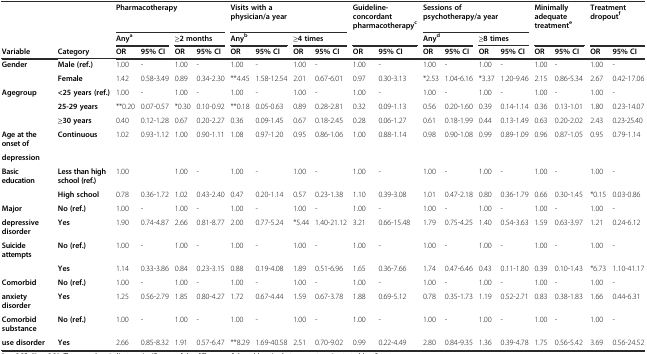
<table><thead><tr><td></td><td></td><td colspan="4"><b>Pharmacotherapy</b></td><td colspan="4"><b>Visits with a physician/a year</b></td><td colspan="2"><b>Guideline-concordant pharmacotherapy<sup>c</sup></b></td><td colspan="4"><b>Sessions of psychotherapy/a year</b></td><td colspan="2"><b>Minimally adequate treatment<sup>e</sup></b></td><td colspan="2"><b>Treatment dropout<sup>f</sup></b></td></tr><tr><td></td><td></td><td colspan="2"><b>Any<sup>a</sup></b></td><td colspan="2"><b>≥2 months</b></td><td colspan="2"><b>Any<sup>b</sup></b></td><td colspan="2"><b>≥4 times</b></td><td colspan="2"></td><td colspan="2"><b>Any<sup>d</sup></b></td><td colspan="2"><b>≥8 times</b></td><td colspan="2"></td><td colspan="2"></td></tr><tr><td><b>Variable</b></td><td><b>Category</b></td><td><b>OR</b></td><td><b>95% CI</b></td><td><b>OR</b></td><td><b>95% CI</b></td><td><b>OR</b></td><td><b>95% CI</b></td><td><b>OR</b></td><td><b>95% CI</b></td><td><b>OR</b></td><td><b>95% CI</b></td><td><b>OR</b></td><td><b>95% CI</b></td><td><b>OR</b></td><td><b>95% CI</b></td><td><b>OR</b></td><td><b>95% CI</b></td><td><b>OR</b></td><td><b>95% CI</b></td></tr></thead><tbody><tr><td><b>Gender</b></td><td><b>Male (ref.)</b></td><td>1.00</td><td>-</td><td>1.00</td><td>-</td><td>1.00</td><td>-</td><td>1.00</td><td>-</td><td>1.00</td><td>-</td><td>1.00</td><td>-</td><td>1.00</td><td>-</td><td>1.00</td><td>-</td><td>1.00</td><td>-</td></tr><tr><td></td><td><b>Female</b></td><td>1.42</td><td>0.58-3.49</td><td>0.89</td><td>0.34-2.30</td><td>**4.45</td><td>1.58-12.54</td><td>2.01</td><td>0.67-6.01</td><td>0.97</td><td>0.30-3.13</td><td>*2.53</td><td>1.04-6.16</td><td>*3.37</td><td>1.20-9.46</td><td>2.15</td><td>0.86-5.34</td><td>2.67</td><td>0.42-17.06</td></tr><tr><td><b>Agegroup</b></td><td><b>&lt;25 years (ref.)</b></td><td>1.00</td><td>-</td><td>1.00</td><td>-</td><td>1.00</td><td>-</td><td>1.00</td><td>-</td><td>1.00</td><td>-</td><td>1.00</td><td>-</td><td>1.00</td><td>-</td><td>1.00</td><td>-</td><td>1.00</td><td>-</td></tr><tr><td></td><td><b>25-29 years</b></td><td>**0.20</td><td>0.07-0.57</td><td>*0.30</td><td>0.10-0.92</td><td>**0.18</td><td>0.05-0.63</td><td>0.89</td><td>0.28-2.81</td><td>0.32</td><td>0.09-1.13</td><td>0.56</td><td>0.20-1.60</td><td>0.39</td><td>0.14-1.14</td><td>0.36</td><td>0.13-1.01</td><td>1.80</td><td>0.23-14.07</td></tr><tr><td></td><td><b>≥30 years</b></td><td>0.40</td><td>0.12-1.28</td><td>0.67</td><td>0.20-2.27</td><td>0.36</td><td>0.09-1.45</td><td>0.67</td><td>0.18-2.45</td><td>0.28</td><td>0.06-1.27</td><td>0.61</td><td>0.18-1.99</td><td>0.44</td><td>0.13-1.49</td><td>0.63</td><td>0.20-2.02</td><td>2.43</td><td>0.23-25.40</td></tr><tr><td><b>Age at the onset of</b></td><td><b>Continuous</b></td><td>1.02</td><td>0.93-1.12</td><td>1.00</td><td>0.90-1.11</td><td>1.08</td><td>0.97-1.20</td><td>0.95</td><td>0.86-1.06</td><td>1.00</td><td>0.88-1.14</td><td>0.98</td><td>0.90-1.08</td><td>0.99</td><td>0.89-1.09</td><td>0.96</td><td>0.87-1.05</td><td>0.95</td><td>0.79-1.14</td></tr><tr><td><b>depression</b></td><td></td><td></td><td></td><td></td><td></td><td></td><td></td><td></td><td></td><td></td><td></td><td></td><td></td><td></td><td></td><td></td><td></td><td></td><td></td></tr><tr><td><b>Basic education</b></td><td><b>Less than high school (ref.)</b></td><td>1.00</td><td></td><td>1.00</td><td>-</td><td>1.00</td><td>-</td><td>1.00</td><td>-</td><td>1.00</td><td>-</td><td>1.00</td><td>-</td><td>1.00</td><td>-</td><td>1.00</td><td>-</td><td>1.00</td><td>-</td></tr><tr><td></td><td><b>High school</b></td><td>0.78</td><td>0.36-1.72</td><td>1.02</td><td>0.43-2.40</td><td>0.47</td><td>0.20-1.14</td><td>0.57</td><td>0.23-1.38</td><td>1.10</td><td>0.39-3.08</td><td>1.01</td><td>0.47-2.18</td><td>0.80</td><td>0.36-1.79</td><td>0.66</td><td>0.30-1.45</td><td>*0.15</td><td>0.03-0.86</td></tr><tr><td><b>Major</b></td><td><b>No (ref.)</b></td><td>1.00</td><td>-</td><td>1.00</td><td>-</td><td>1.00</td><td>-</td><td>1.00</td><td>-</td><td>1.00</td><td>-</td><td>1.00</td><td>-</td><td>1.00</td><td>-</td><td>1.00</td><td>-</td><td>1.00</td><td>-</td></tr><tr><td><b>depressive disorder</b></td><td><b>Yes</b></td><td>1.90</td><td>0.74-4.87</td><td>2.66</td><td>0.81-8.77</td><td>2.00</td><td>0.77-5.24</td><td>*5.44</td><td>1.40-21.12</td><td>3.21</td><td>0.66-15.48</td><td>1.79</td><td>0.75-4.25</td><td>1.40</td><td>0.54-3.63</td><td>1.59</td><td>0.63-3.97</td><td>1.21</td><td>0.24-6.12</td></tr><tr><td><b>Suicide attempts</b></td><td><b>No (ref.)</b></td><td>1.00</td><td>-</td><td>1.00</td><td>-</td><td>1.00</td><td>-</td><td>1.00</td><td>-</td><td>1.00</td><td>-</td><td>1.00</td><td>-</td><td>1.00</td><td>-</td><td>1.00</td><td>-</td><td>1.00</td><td>-</td></tr><tr><td></td><td><b>Yes</b></td><td>1.14</td><td>0.33-3.86</td><td>0.84</td><td>0.23-3.15</td><td>0.88</td><td>0.19-4.08</td><td>1.89</td><td>0.51-6.96</td><td>1.65</td><td>0.36-7.66</td><td>1.74</td><td>0.47-6.46</td><td>0.43</td><td>0.11-1.80</td><td>0.39</td><td>0.10-1.43</td><td>*6.73</td><td>1.10-41.17</td></tr><tr><td><b>Comorbid</b></td><td><b>No (ref.)</b></td><td>1.00</td><td>-</td><td>1.00</td><td>-</td><td>1.00</td><td>-</td><td>1.00</td><td>-</td><td>1.00</td><td>-</td><td>1.00</td><td>-</td><td>1.00</td><td>-</td><td>1.00</td><td>-</td><td>1.00</td><td>-</td></tr><tr><td><b>anxiety disorder</b></td><td><b>Yes</b></td><td>1.25</td><td>0.56-2.79</td><td>1.85</td><td>0.80-4.27</td><td>1.72</td><td>0.67-4.44</td><td>1.59</td><td>0.67-3.78</td><td>1.88</td><td>0.69-5.12</td><td>0.78</td><td>0.35-1.73</td><td>1.19</td><td>0.52-2.71</td><td>0.83</td><td>0.38-1.83</td><td>1.66</td><td>0.44-6.31</td></tr><tr><td><b>Comorbid substance</b></td><td><b>No (ref.)</b></td><td>1.00</td><td>-</td><td>1.00</td><td>-</td><td>1.00</td><td>-</td><td>1.00</td><td>-</td><td>1.00</td><td>-</td><td>1.00</td><td>-</td><td>1.00</td><td>-</td><td>1.00</td><td>-</td><td>1.00</td><td>-</td></tr><tr><td><b>use disorder</b></td><td><b>Yes</b></td><td>2.66</td><td>0.85-8.32</td><td>1.91</td><td>0.57-6.47</td><td>**8.29</td><td>1.69-40.58</td><td>2.51</td><td>0.70-9.02</td><td>0.99</td><td>0.22-4.49</td><td>2.80</td><td>0.84-9.35</td><td>1.36</td><td>0.39-4.78</td><td>1.75</td><td>0.56-5.42</td><td>3.69</td><td>0.56-24.52</td></tr></tbody></table>